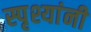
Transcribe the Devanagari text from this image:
स्पृश्यांनी